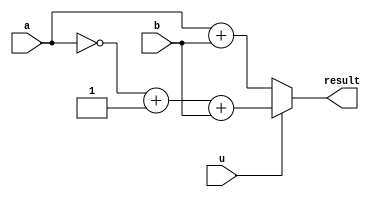
module function_g(
    input   [20:0]   a,
    input   [20:0]   b,
    input            u,
    output  [20:0]   result
);
assign result = (u)? (~a+1)+b: a+b;

endmodule